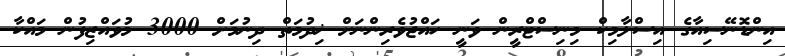
އިންޑޮނޭސިއާގެ އިސްލާމިކް މިނިސްޓްރީން ވަނީ ހައްޖުވެރިންނަށް ޚިދުމަތް ދިނުމަށް 3000 މުވައްޒިފުން މައްކާ